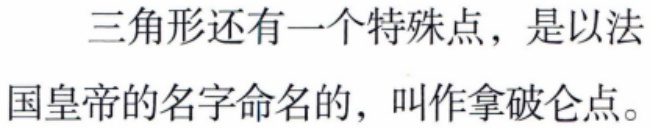
三角形还有一个特殊点，是以法国皇帝的名字命名的，叫作拿破仑点。